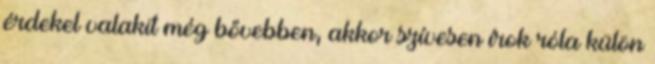
érdekel valakit még bővebben, akkor szívesen írok róla külön